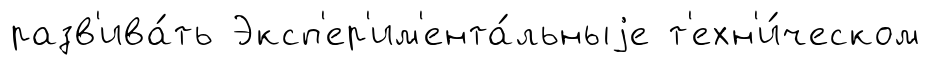
разв'ива́ть Эксп'ер'им'ента́льныjе т'ехн'и́ческом